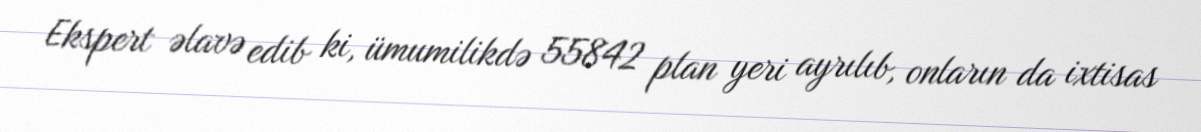
Ekspert əlavə edib ki, ümumilikdə 55842 plan yeri ayrılıb, onların da ixtisas